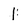
Character: 1